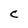
Character: C